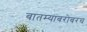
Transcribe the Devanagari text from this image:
बातम्यांबरोबरच